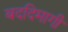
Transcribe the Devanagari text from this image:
बददिमागी